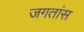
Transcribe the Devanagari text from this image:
जगतांस